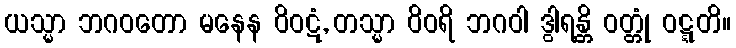
ယသ္မာ ဘဂဝတော မနေန ဝိဝဋံ, တသ္မာ ဝိဝရိ ဘဂဝါ ဒွါရန္တိ ဝတ္တုံ ဝဋ္ဋတိ။